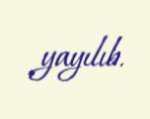
yayılıb.